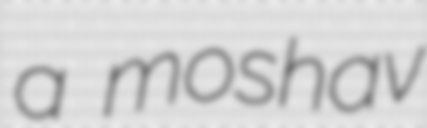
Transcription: a moshav